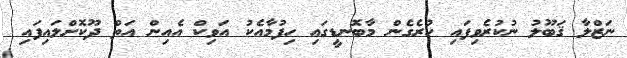
ނަޒްލާ ޤަބޫލު ނުކުރެވިފައި ހުރެގެން މާބޮނޑީގައި ހިފުމާއެކު އަވިކް އެއިން އަތް ދޫކޮށްލައިފައި